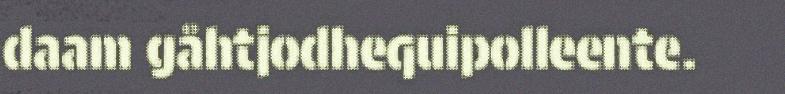
daam gåhtjodhequipolleente.